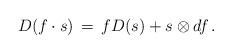
LaTeX: \begin{align*}D(f\cdot s) \,=\, fD(s) + s\otimes df\, .\end{align*}